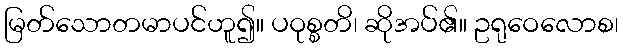
မြတ်သောတမာပင်ဟူ၍။ ပဝုစ္စတိ၊ ဆိုအပ်၏။ ဥရုဝေလောစ၊